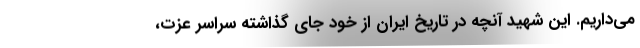
می‌داریم. این شهید آنچه در تاریخ ایران از خود جای گذاشته سراسر عزت،